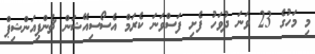
މި މަހުގެ 23 ވަނަ ދުވަހު ފެށި ފަސްވަނަ ކެރަމް އެސޯސިއޭޝަން ޗެންޕިއަންޝިޕް